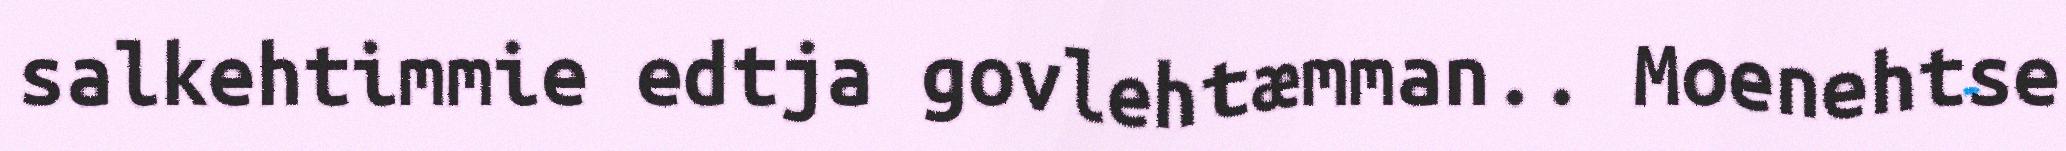
salkehtimmie edtja govlehtæmman.. Moenehtse